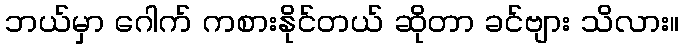
ဘယ်မှာ ဂေါက် ကစားနိုင်တယ် ဆိုတာ ခင်ဗျား သိလား။